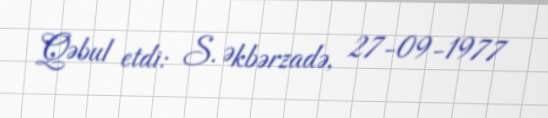
Qəbul etdi: S. Əkbərzadə, 27-09-1977